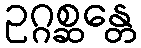
ဥဂ္ဂစ္ဆန္တေ